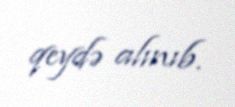
qeydə alınıb.